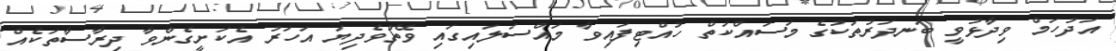
އަދުހަމް ވިދާޅުވީ ބަނދަރުތަކުގެ މަސައްކަތް ހުއްޓިފައިވާ މައްސަލައިގައި ވޭތުވެދިޔަ އަހަރު އެކަށީގެންވާ ދިރާސާތަކެއް